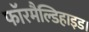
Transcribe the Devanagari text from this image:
फॉरमैल्डिहाइड।